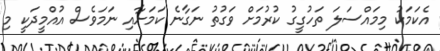
އެކަމަކު މިމައްސަލަ ތަހުގީގު ކުރުމަށް ވަގުތު ނަގާނެ ކަމަށާއި ނަމަވެސް އުއްމީދަކީ މި